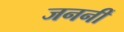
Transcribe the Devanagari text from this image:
जननीं